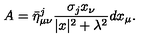
A = \bar { \eta } _ { \mu \nu } ^ { j } \frac { \sigma _ { j } x _ { \nu } } { | x | ^ { 2 } + \lambda ^ { 2 } } d x _ { \mu } .